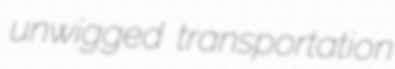
unwigged transportation